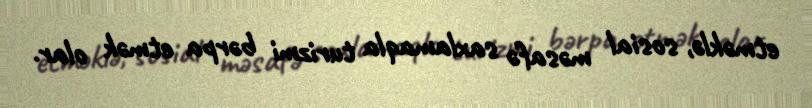
etməklə, sosial məsafə saxlamaqla turizmi bərpa etmək olar.